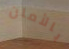
بالأمان